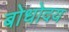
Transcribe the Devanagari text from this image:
बोधोदय